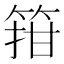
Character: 箝